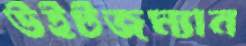
উইটজম্যান